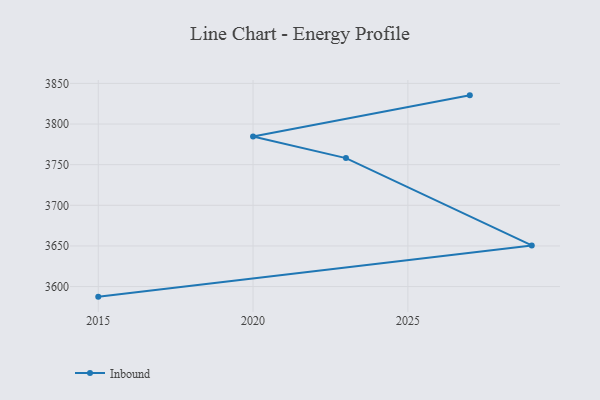
{"axis": {"x": "Year", "y": "Churn Rate (%)"}, "legend": ["Inbound"], "data": [{"x": "2015", "y": 3587.6, "type": "Inbound"}, {"x": "2029", "y": 3650.6, "type": "Inbound"}, {"x": "2023", "y": 3758.1, "type": "Inbound"}, {"x": "2020", "y": 3784.6, "type": "Inbound"}, {"x": "2027", "y": 3835.3, "type": "Inbound"}]}